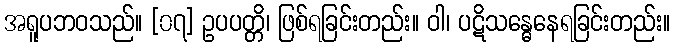
အရူပဘဝသည်။ [၀၇] ဥပပတ္တိ၊ ဖြစ်ရခြင်းတည်း။ ဝါ၊ ပဋိသန္ဓေနေရခြင်းတည်း။